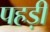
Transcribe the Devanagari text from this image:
पहड़ी